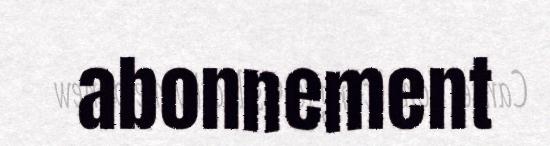
abonnement